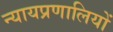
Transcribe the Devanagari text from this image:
न्यायप्रणालियों